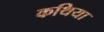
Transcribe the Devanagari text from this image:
कथिया